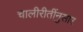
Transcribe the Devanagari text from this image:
चालीरीतींनुसार